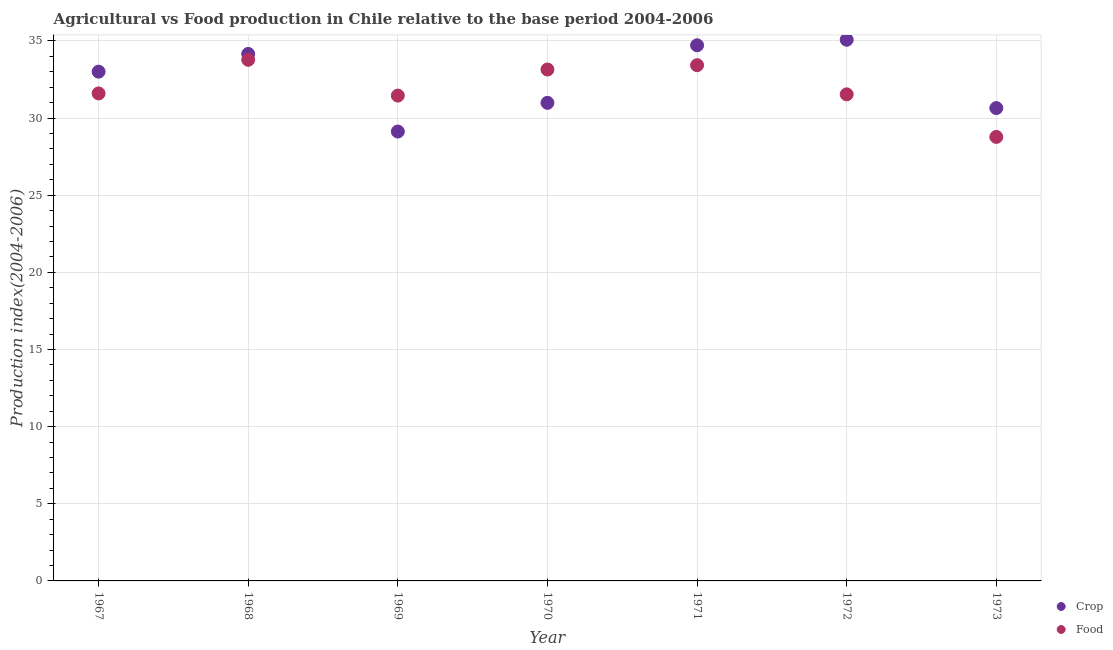
| Year | Crop | Food |
 | --- | --- | --- |
 | 1967 | 33 | 31.6 |
 | 1968 | 34.2 | 33.8 |
 | 1969 | 29.1 | 31.5 |
 | 1970 | 31 | 33.1 |
 | 1971 | 34.7 | 33.4 |
 | 1972 | 35.1 | 31.5 |
 | 1973 | 30.6 | 28.8 |